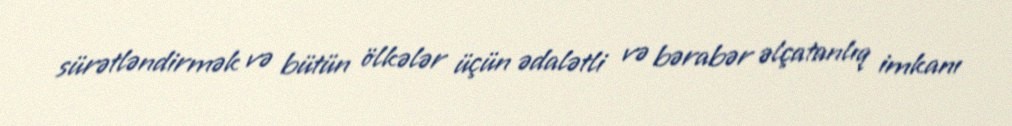
sürətləndirmək və bütün ölkələr üçün ədalətli və bərabər əlçatanlıq imkanı